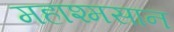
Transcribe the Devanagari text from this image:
महाश्मसान